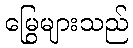
မြွေများသည်